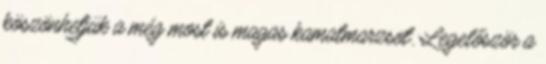
köszönhetjük a még most is magas kamatmarzsot. Legelőször a